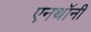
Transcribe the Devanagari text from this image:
एनथॉनी